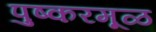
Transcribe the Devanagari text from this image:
पुष्करमूळ